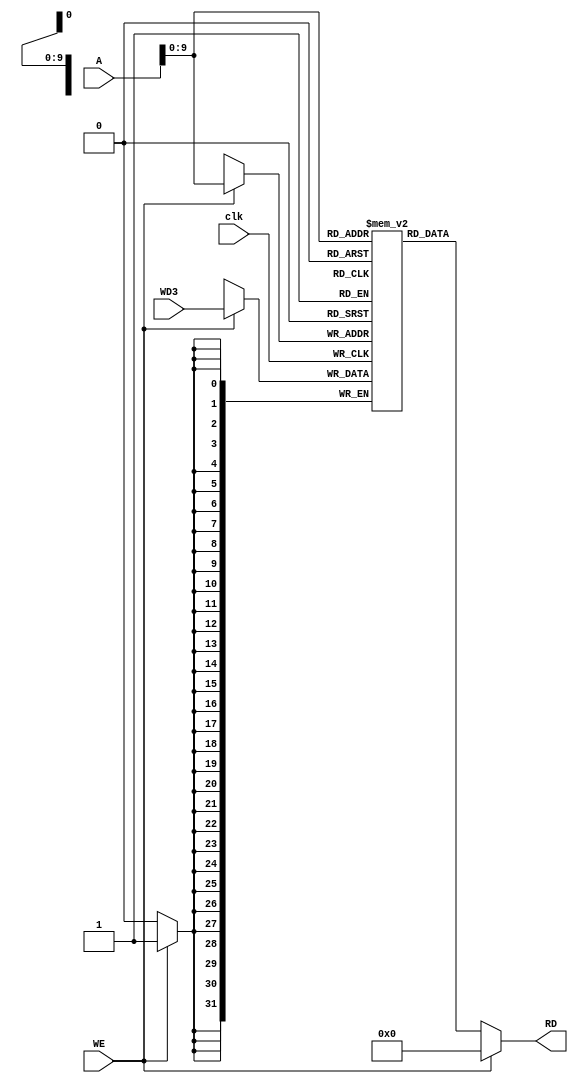
`timescale 1ns / 1ps
//////////////////////////////////////////////////////////////////////////////////
// Company: 
// Engineer: 
// 
// Design Name: 
// Module Name: data_mem
// Project Name: 
// Target Devices: 
// Tool Versions: 
// Description: 
// 
// Dependencies: 
// 
// Revision:
// Revision 0.01 - File Created
// Additional Comments:
// 
//////////////////////////////////////////////////////////////////////////////////



module data_mem(A,WD3,clk,WE,RD);
//input Address,write enble
//if we high then it will store at Adress A
// if we is low then at adress data mem will be show at rd
    input [31:0] A,WD3;
    input clk,WE;
    output [31:0] RD;
    reg [31:0] data_MEM[1023:0];
    //read
    assign RD=(WE==1'b0)?data_MEM[A]:32'h00000000;
    //write so at positive edge of clk and wE is on to use data apni memo ki adress pe 
    always @(posedge clk ) 
    begin
      if(WE)
       data_MEM[A]<= WD3;
    end
    
    
    endmodule